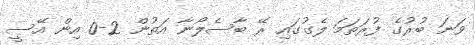
ވަނަ ބުރުގެ ފުރަތަމަ ލެގުގައި ރޭ ބާސެލޯނާ އަތުން 2-0 އިން އޭސީ